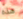
هذه